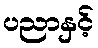
ပညာနှင့်